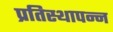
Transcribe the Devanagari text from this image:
प्रतिस्थापन्न